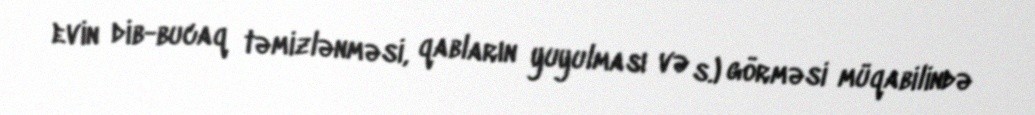
evin dib-bucaq təmizlənməsi, qabların yuyulması və s.) görməsi müqabilində